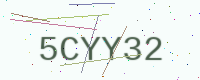
Text: 5CYY32